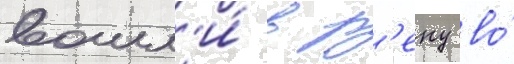
вошл'и́ в р'еку во́